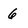
Character: 6